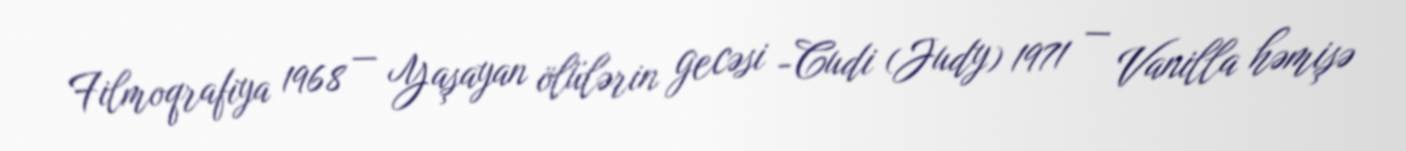
Filmoqrafiya 1968 — Yaşayan ölülərin gecəsi -Cudi (Judy) 1971 — Vanilla həmişə